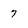
Character: 7